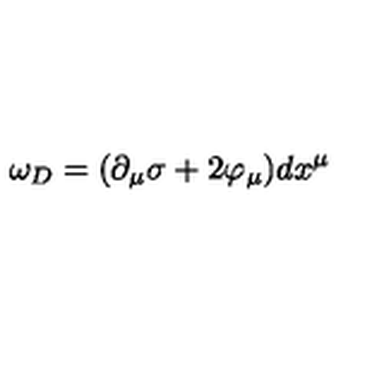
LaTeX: \omega _ { D } = ( \partial _ { \mu } \sigma + 2 \varphi _ { \mu } ) d x ^ { \mu }